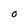
Character: 0